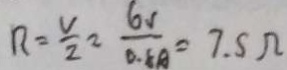
R = \frac { V } { 2 } = \frac { 6 1 } { 0 . 5 A } = 7 . 5 \Omega